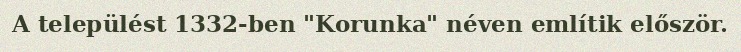
A települést 1332-ben "Korunka" néven említik először.